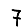
Digit: 7